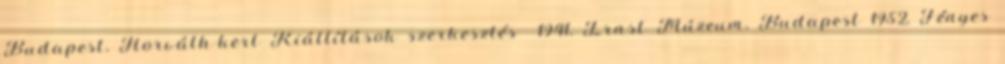
Budapest, Horváth-kert Kiállítások szerkesztés 1941, Ernst Múzeum, Budapest 1952, Fényes